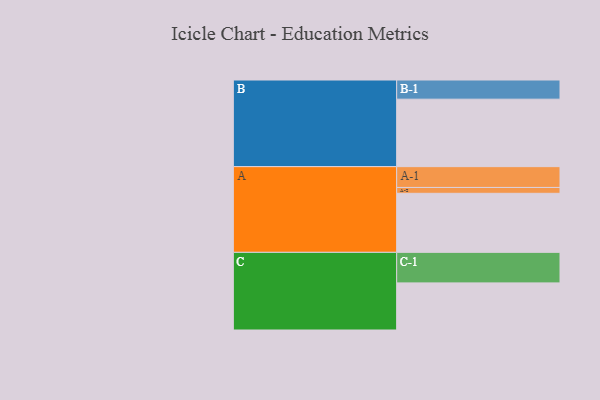
{"axis": {"x": "Segment", "y": "Value"}, "legend": ["", "A", "B", "C"], "data": [{"x": "A", "y": 505, "type": ""}, {"x": "B", "y": 577, "type": ""}, {"x": "C", "y": 403, "type": ""}, {"x": "A-1", "y": 178, "type": "A"}, {"x": "A-2", "y": 50, "type": "A"}, {"x": "B-1", "y": 164, "type": "B"}, {"x": "C-1", "y": 261, "type": "C"}]}